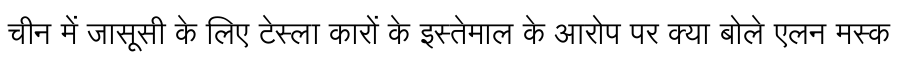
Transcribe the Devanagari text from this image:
चीन में जासूसी के लिए टेस्ला कारों के इस्तेमाल के आरोप पर क्या बोले एलन मस्क